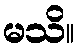
မသိ။